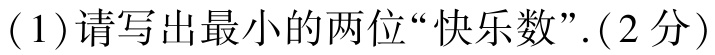
(1)请写出最小的两位“快乐数”.(2分)